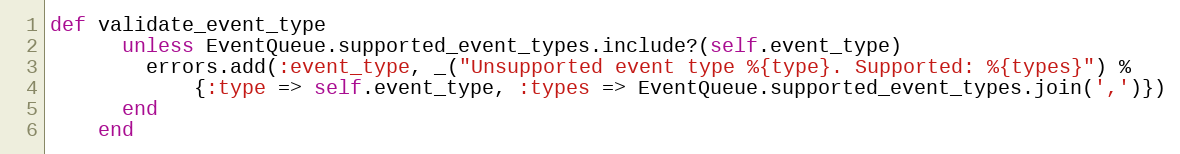
Language: Ruby
def validate_event_type
      unless EventQueue.supported_event_types.include?(self.event_type)
        errors.add(:event_type, _("Unsupported event type %{type}. Supported: %{types}") %
            {:type => self.event_type, :types => EventQueue.supported_event_types.join(',')})
      end
    end